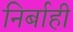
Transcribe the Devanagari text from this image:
निर्बाही